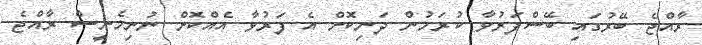
ރާއްޖެ ބޭރުގައި ބޭސްފަރުވާ ކުރަމުން ދަނިކޮށް އެ ފަރުވާ އެއްކޮށް ނުނިމެނީސް ރާއްޖެ